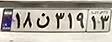
۱۸ن۳۱۹۱۳